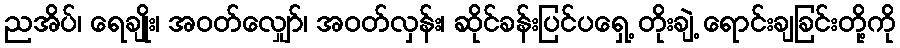
ညအိပ်၊ ရေချိုး၊ အဝတ်လျှော်၊ အဝတ်လှန်း၊ ဆိုင်ခန်းပြင်ပရှေ့ တိုးချဲ့ ရောင်းချခြင်းတို့ကို